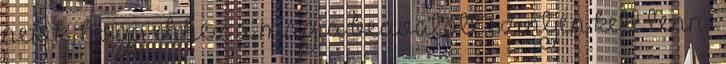
nekik, hogy ehhez a mágia beavatott szintjén kell lenni